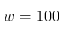
w = 1 0 0